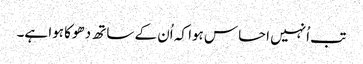
تب اُنہیں احساس ہوا کہ اُن کے ساتھ دھوکا ہوا ہے۔